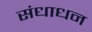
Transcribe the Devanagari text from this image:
संधाधन